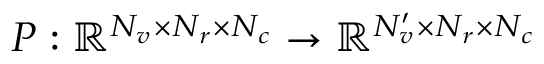
P : \mathbb { R } ^ { N _ { v } \times N _ { r } \times N _ { c } } \rightarrow \mathbb { R } ^ { N _ { v } ^ { \prime } \times N _ { r } \times N _ { c } }